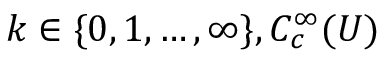
k \in \{ 0 , 1 , \ldots , \infty \} , C _ { c } ^ { \infty } ( U )